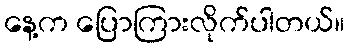
နေ့က ပြောကြားလိုက်ပါတယ်။